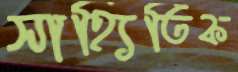
সাহ্যিতিক